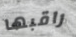
راقبها